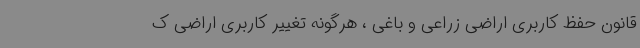
قانون حفظ کاربری اراضی زراعی و باغی ، هرگونه تغییر کاربری اراضی ک